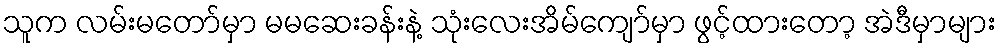
သူက လမ်းမတော်မှာ မမဆေးခန်းနဲ့ သုံးလေးအိမ်ကျော်မှာ ဖွင့်ထားတော့ အဲဒီမှာများ